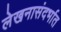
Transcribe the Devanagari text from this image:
लेखनासंदर्भात